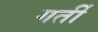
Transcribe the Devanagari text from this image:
गर्ती